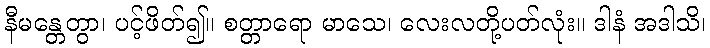
နီမန္တေတွာ၊ ပင့်ဖိတ်၍။ စတ္တာရော မာသေ၊ လေးလတို့ပတ်လုံး။ ဒါနံ အဒါသိ၊